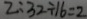
2 : 3 2 \div 1 6 = 2